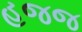
હજજ